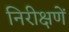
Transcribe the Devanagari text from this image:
निरीक्षणें